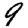
Digit: 9